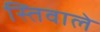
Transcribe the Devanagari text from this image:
स्तिवाले